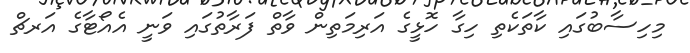
މިހިސާބުގައި ކާތަކެތި ހިގާ ހޮޅީގެ އަރިމަތިން ވާތް ފަރާތުގައި ވަނީ އެއޯޓާގެ އަރޗް